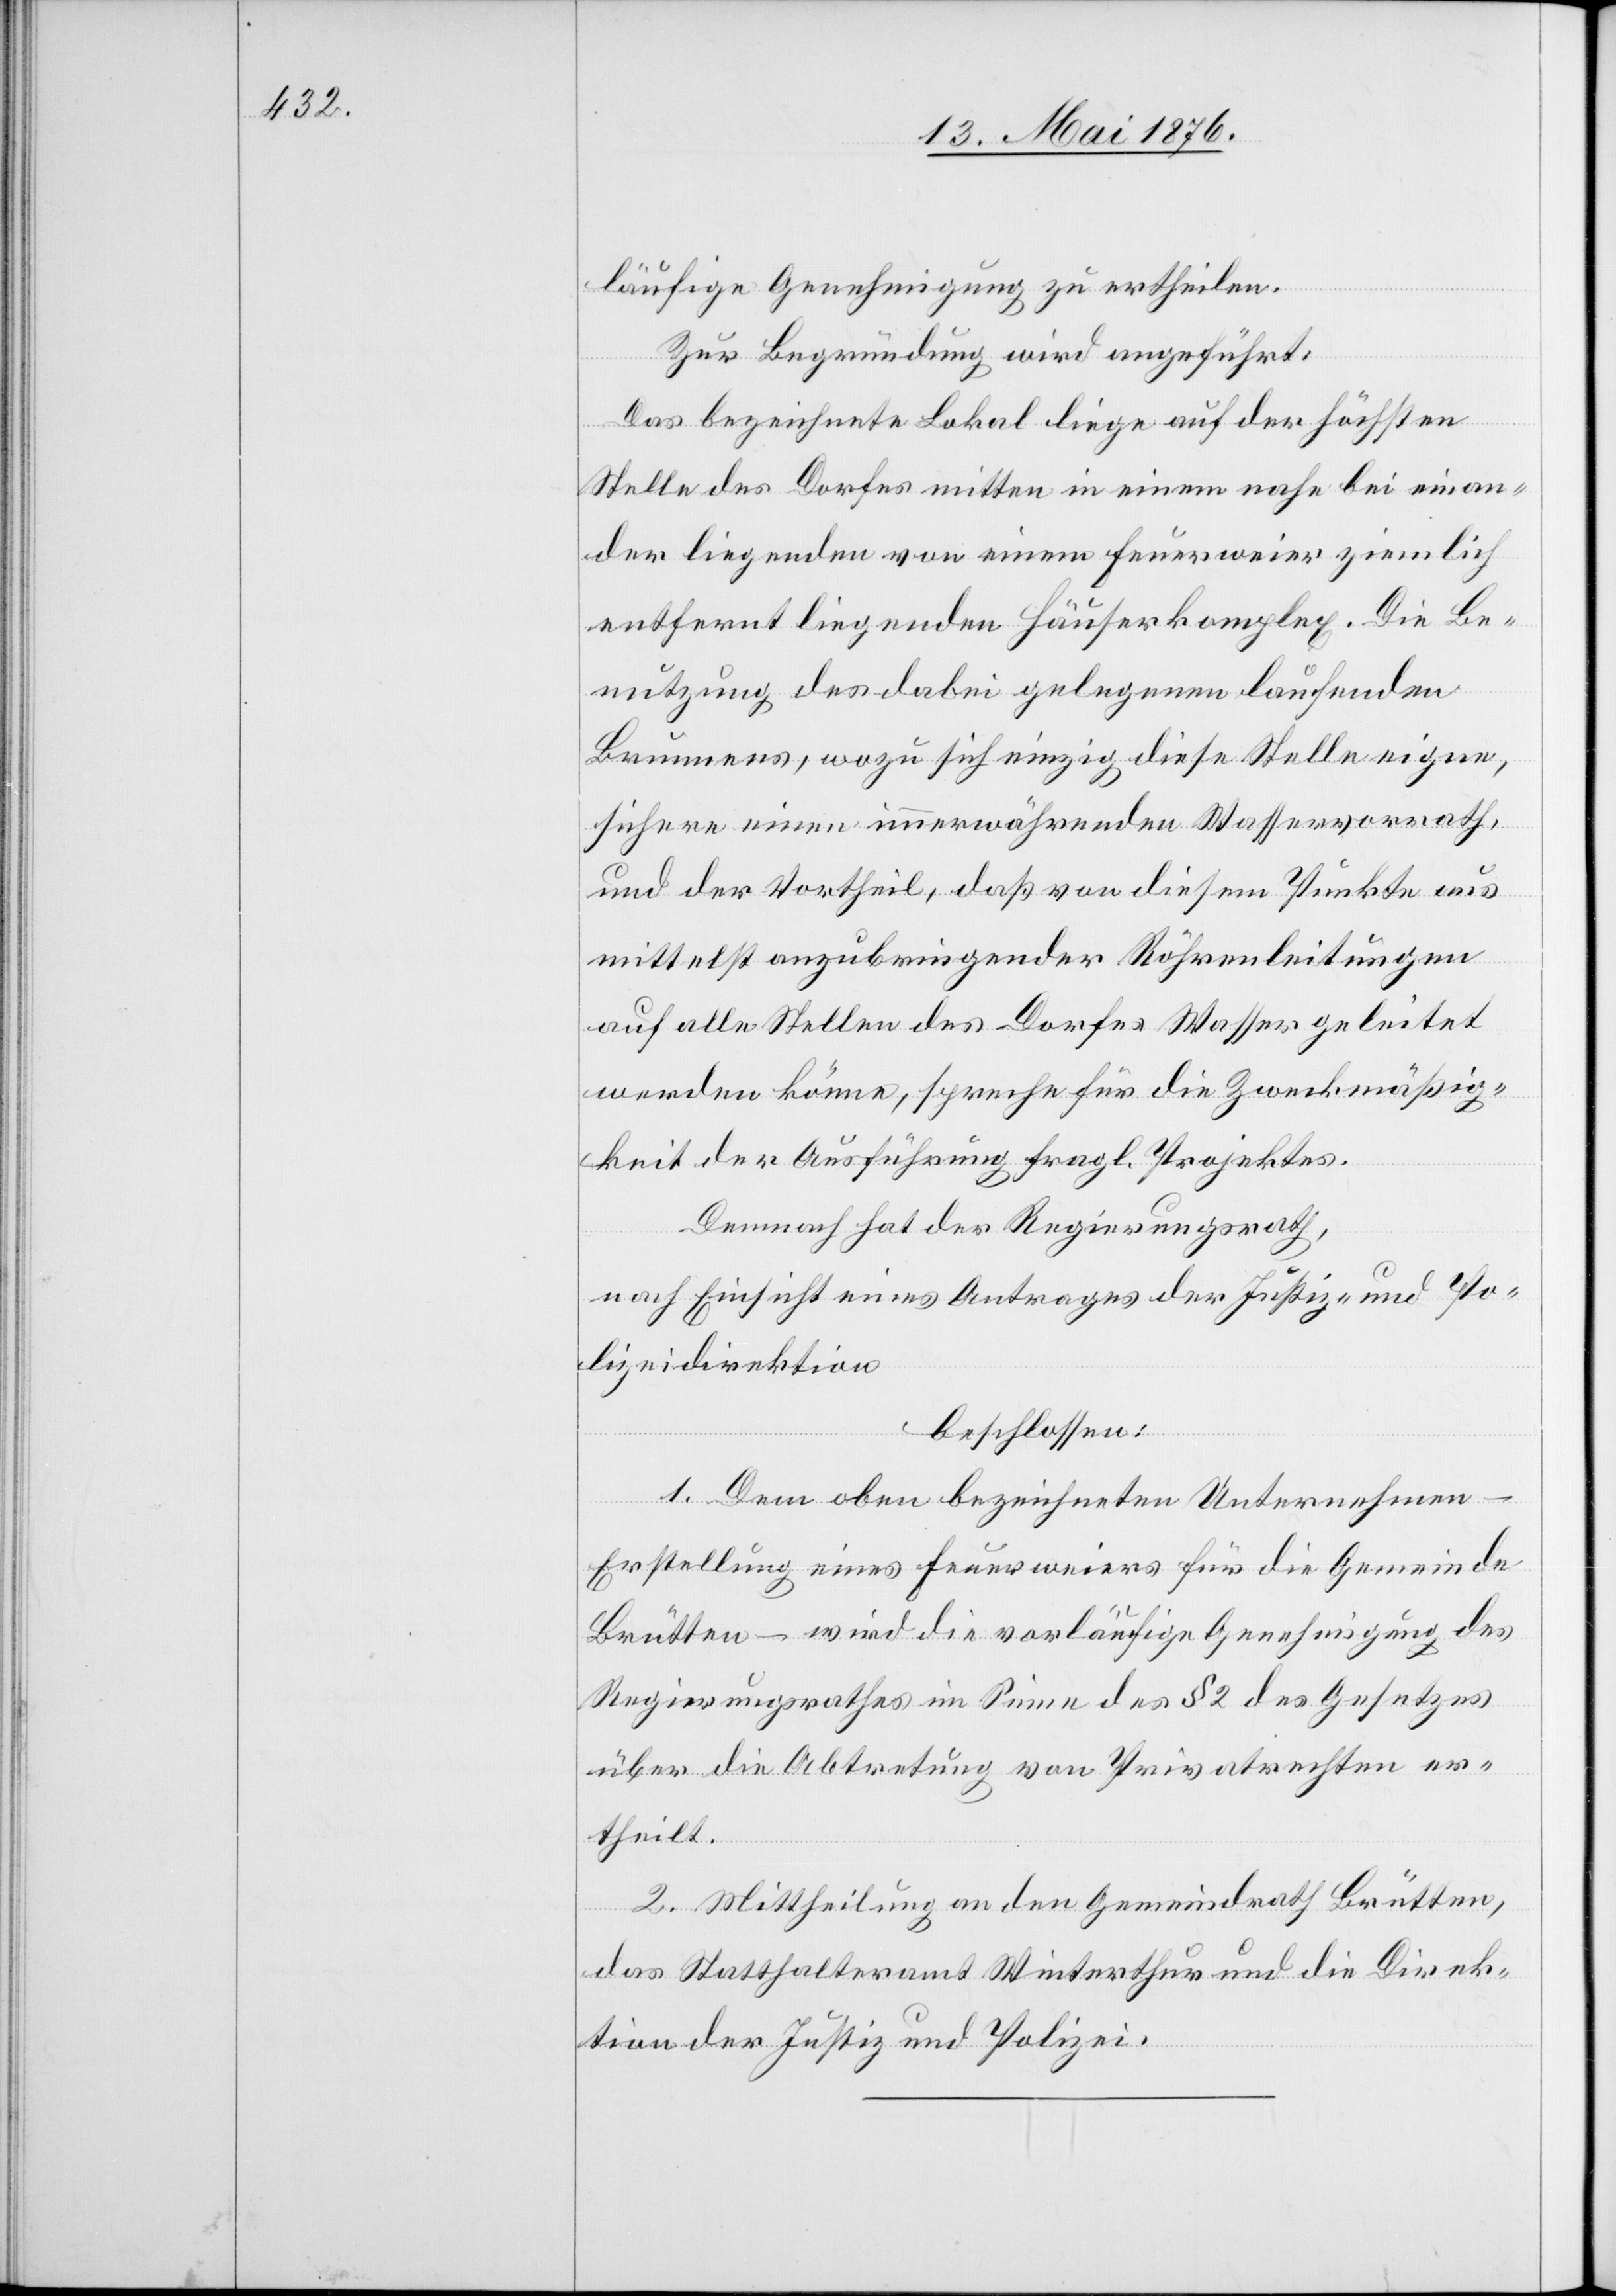
läufige Genehmigung zu ertheilen.
Zur Begründung wird angeführt:
Das bezeichnete Lokal liege auf der höchsten
Stelle des Dorfes mitten in einem nahe bei einan¬
der liegenden von einem Feuerweier ziemlich
entfernt liegenden Häuserkomplex. Die Be¬
nutzung des dabei gelegenen laufenden
Brunnens, wozu sich einzig diese Stelle eigne,
sichere einen immerwährenden Wasservorrath,
und der Vortheil, daß von diesem Punkte aus
mittelst anzubringender Röhrenleitungen
auf alle Stellen des Dorfes Wasser geleitet
werden könne, spreche für die Zweckmäßig¬
keit der Ausführung fragl. Projektes.
Demnach hat der Regierungsrath,
nach Einsicht eines Antrages der Justiz- und Po¬
lizeidirektion,
beschlossen:
1. Dem oben bezeichneten Unternehmen –
Erstellung eines Feuerweiers für die Gemeinde
Brütten – wird die vorläufige Genehmigung des
Regierungsrathes im Sinne des § 2 des Gesetzes
über die Abtretung von Privatrechten er¬
theilt.
2. Mittheilung an den Gemeindrath Brütten,
das Statthalteramt Winterthur und die Direk¬
tion der Justiz und Polizei.